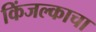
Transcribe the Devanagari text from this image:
किंजल्काचा